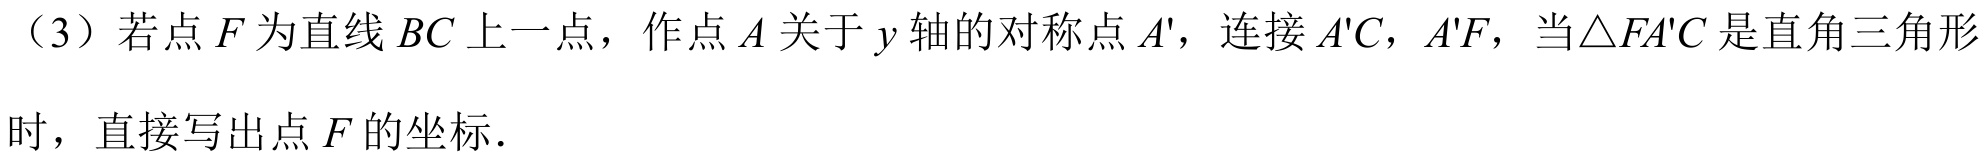
（3）若点\(F\)为直线\(BC\)上一点，作点\(A\)关于\(y\)轴的对称点\(A'\)，连接\(A'C\)，\(A'F\)，当\(\triangle FA'C\)是直角三角形
时，直接写出点\(F\)的坐标.